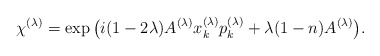
\begin{gather*}\chi^{(\lambda)}=\exp \big(i(1-2\lambda)A^{(\lambda)}x_k^{(\lambda)}p_k^{(\lambda)}+\lambda(1-n)A^{(\lambda)}\big).\end{gather*}